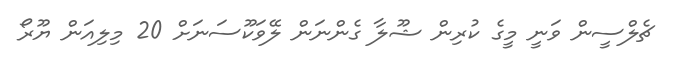
ޗެލްސީން ވަނީ މީގެ ކުރިން ޝޫލާ ގެންނަން ލޭވަކޫސަނަށް 20 މިލިއަން ޔޫރޯ